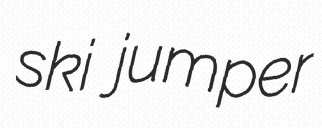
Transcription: ski jumper